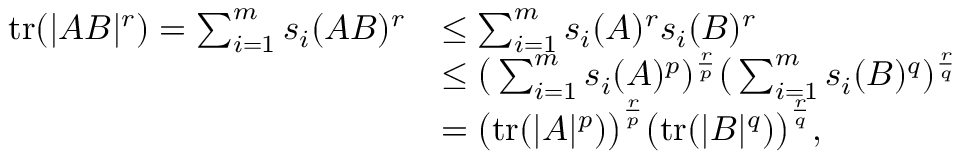
\begin{array} { r l } { \mathrm { t r } ( | A B | ^ { r } ) = \sum _ { i = 1 } ^ { m } s _ { i } ( A B ) ^ { r } } & { \le \sum _ { i = 1 } ^ { m } s _ { i } ( A ) ^ { r } s _ { i } ( B ) ^ { r } } \\ & { \le \big ( \sum _ { i = 1 } ^ { m } s _ { i } ( A ) ^ { p } ) ^ { \frac { r } { p } } \big ( \sum _ { i = 1 } ^ { m } s _ { i } ( B ) ^ { q } ) ^ { \frac { r } { q } } } \\ & { = \big ( \mathrm { t r } ( | A | ^ { p } ) \big ) ^ { \frac { r } { p } } \big ( \mathrm { t r } ( | B | ^ { q } ) \big ) ^ { \frac { r } { q } } , } \end{array}